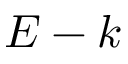
E - k